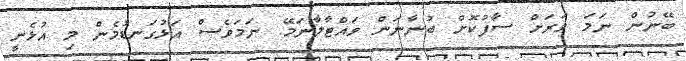
ބޭނުން ނަމަ ވަރަށް ސާފުކޮށް ބުނާނަން ވައްޓާލާނަމޭ. ނަމަވެސް އަޅުގަނޑުމެން މި އުޅެނީ